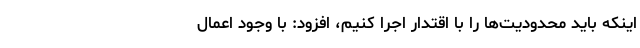
اینکه باید محدودیت‌ها را با اقتدار اجرا کنیم، افزود: با وجود اعمال